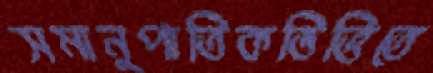
সমানুপাতিকভিত্তিতে